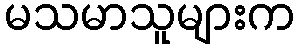
မသမာသူများက